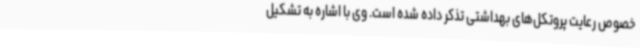
خصوص رعایت پروتکل‌های بهداشتی تذکر داده شده است. وی با اشاره به تشکیل